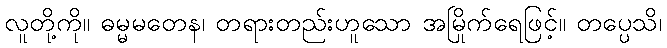
လူတို့ကို။ ဓမ္မမတေန၊ တရားတည်းဟူသော အမြိုက်ရေဖြင့်။ တပ္ပေသိ၊